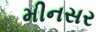
મીનસર